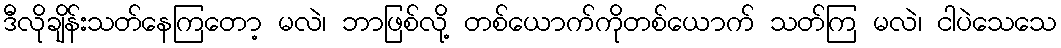
ဒီလိုချိန်းသတ်နေကြတော့ မလဲ၊ ဘာဖြစ်လို့ တစ်ယောက်ကိုတစ်ယောက် သတ်ကြ မလဲ၊ ငါပဲသေသေ